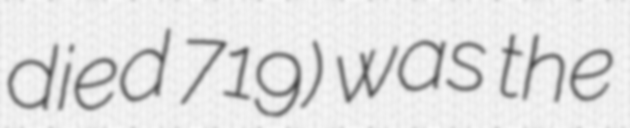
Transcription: died 719) was the